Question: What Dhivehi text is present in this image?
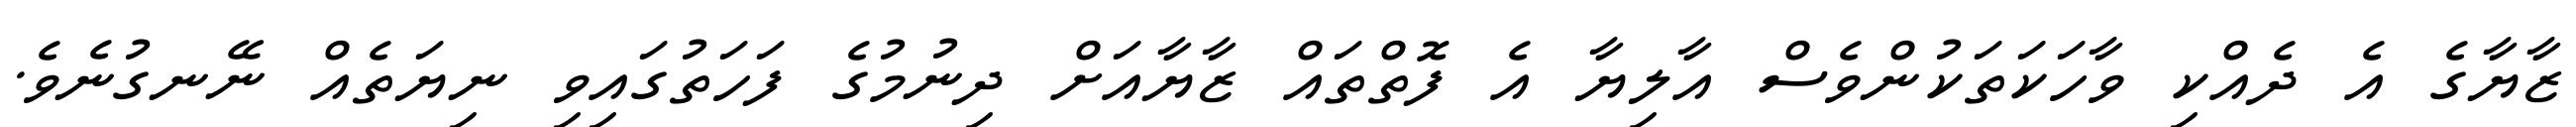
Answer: ޒާޔާގެ އެ ދެއްކި ވާހަކަތަކުންވެސް އާލިޔާ އެ ފޮތްތައް ޒާޔާއަށް ދިނުމުގެ ފަހަތުގައިވި ނިޔަތެއް ނޭނގުނެވެ.